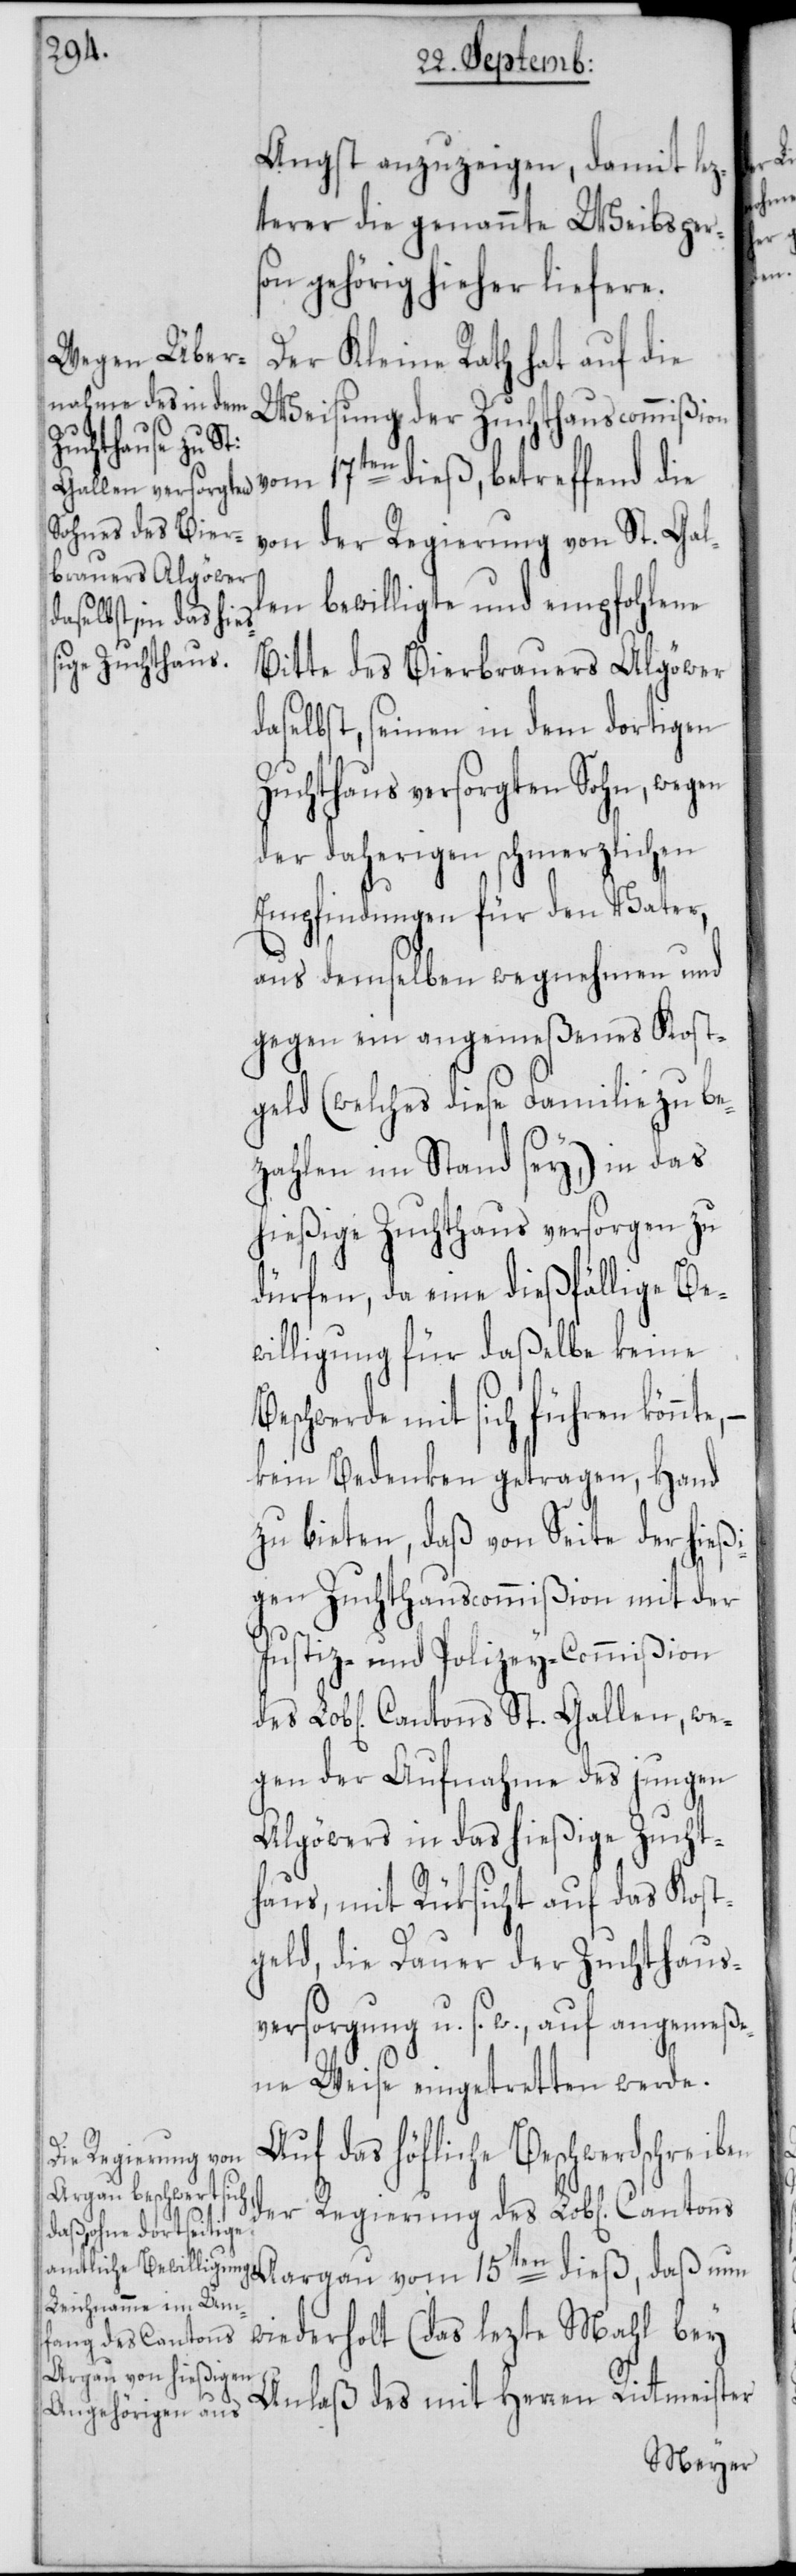
Angst anzuzeigen, damit lez¬
terer die genannte Weibsper¬
son gehörig hieher liefere.
Der Kleine Rath hat auf die
Weisung der Zuchthauscommißion
von der Regierung von St. Gal¬
len bewilligte und empfohlene
Bitte des Bierbrauers Algöwer
daselbst, seinen in dem dortigen
uchthaus versorgten Sohn, wegen
der daherigen schmerzlichen
Empfindungen für den Vater,
aus demselben wegnehmen und
gegen ein angemeßenes Kost¬
geld (welches diese Familie zu be¬
zahlen im Stand sey,) in das
hießige Zuchthaus versorgen zu
dürfen, da eine dießfällige Be¬
willigung für daßelbe keine
Beschwerde mit sich führen könnt¬
kein Bedenken getragen, Hand
zu bieten, daß von Seite der hießi¬
gen Zuchthauscommißion mit der
Justiz- und Polizey-Commißion
gen der Aufnahme des jungen
Algöwers in das hießige Zucht¬
haus, mit Rüksicht auf das Kost¬
geld, die Dauer der Zuchthaus¬
versorgung u. s. w., auf angemeße¬
ne Weise eingetretten werde.
A¬
uf das höfliche Beschwerdschrei¬
der Regierung des Lob[lichen] Cantons
wiederholt (das lezte Mahl bey
Anlaß des mit Herren Rittmeister

we¬
ben